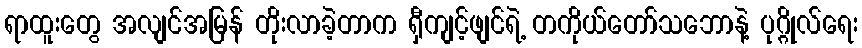
ရာထူးတွေ အလျင်အမြန် တိုးလာခဲ့တာက ရှီကျင့်ဖျင်ရဲ့ တကိုယ်တော်သဘောနဲ့ ပုဂ္ဂိုလ်ရေး